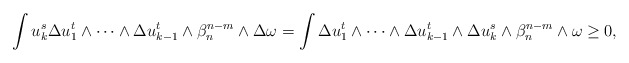
\begin{align*} \begin{aligned}\int u_k^s\Delta u_1^t\wedge\dots\wedge\Delta u_{k-1}^t\wedge\beta_n^{n-m}\wedge\Delta \omega=\int \Delta u_1^t\wedge\dots\wedge\Delta u_{k-1}^t\wedge\Delta u_k^s\wedge\beta_n^{n-m}\wedge\omega\geq 0,\end{aligned} \end{align*}